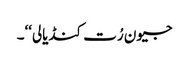
جیون رُت کنڈیالی‘‘۔